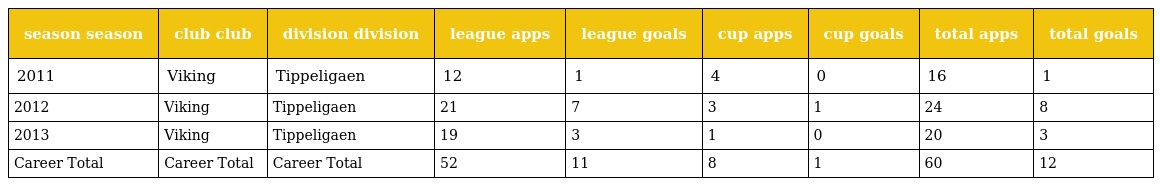
| season season | club club | division division | league apps | league goals | cup apps | cup goals | total apps | total goals |
 | --- | --- | --- | --- | --- | --- | --- | --- | --- |
 | 2011 | Viking | Tippeligaen | 12 | 1 | 4 | 0 | 16 | 1 |
 | 2012 | Viking | Tippeligaen | 21 | 7 | 3 | 1 | 24 | 8 |
 | 2013 | Viking | Tippeligaen | 19 | 3 | 1 | 0 | 20 | 3 |
 | Career Total | Career Total | Career Total | 52 | 11 | 8 | 1 | 60 | 12 |